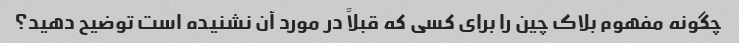
چگونه مفهوم بلاک چین را برای کسی که قبلاً در مورد آن نشنیده است توضیح دهید؟